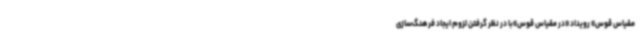
مقیاس قوس» رویداد «در مقیاس قوس»با در نظر گرفتن لزوم ایجاد فرهنگ‌سازی